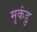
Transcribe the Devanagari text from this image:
मृकंडु